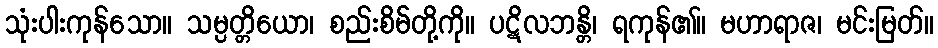
သုံးပါးကုန်သော။ သမ္ပတ္တိယော၊ စည်းစိမ်တို့ကို။ ပဋိလဘန္တိ၊ ရကုန်၏။ မဟာရာဇ၊ မင်းမြတ်။